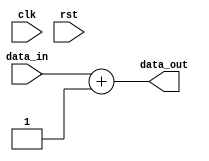
module processing_unit (
    input wire clk,
    input wire rst,
    input wire [3:0] data_in,
    output wire [3:0] data_out
);
    // Simple processing logic (e.g., incrementing the input)
    assign data_out = data_in + 1;
endmodule